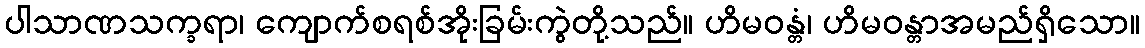
ပါသာဏသက္ခရာ၊ ကျောက်စရစ်အိုးခြမ်းကွဲတို့သည်။ ဟိမဝန္တံ၊ ဟိမဝန္တာအမည်ရှိသော။